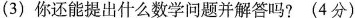
(3)你还能提出什么数学问题并解答吗?(4分)